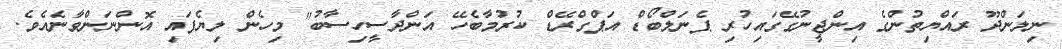
ނިލަންދޫ ރައްޔިތުންގެ އިންޖީނުގޭގައިހުރި ޕެނަލްބޯޑް އަޕްގްރޭޑް ކުރުމާބެހޭ އަންދާސީހިސާބު" މިހެން ލިޔެފައި އޮންނަންވާނެއެވެ.